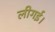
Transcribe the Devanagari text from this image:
लीगई।